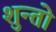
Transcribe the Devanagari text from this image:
शुन्तो